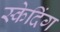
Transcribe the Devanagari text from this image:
स्केदिंग